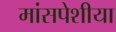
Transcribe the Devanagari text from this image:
मांसपेशीया